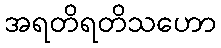
အရတိရတိသဟော